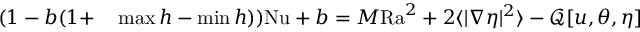
\begin{array} { r l } { ( 1 - b ( 1 + } & { { } \operatorname* { m a x } h - \operatorname* { m i n } h ) ) \mathrm { { N u } } + b = M \mathrm { { R a } } ^ { 2 } + 2 \langle | \nabla \eta | ^ { 2 } \rangle - \mathcal { Q } [ u , \theta , \eta ] } \end{array}